Civil Veterinary Department. United Provinces 1932-42 - 1932-1942
Year: 1932
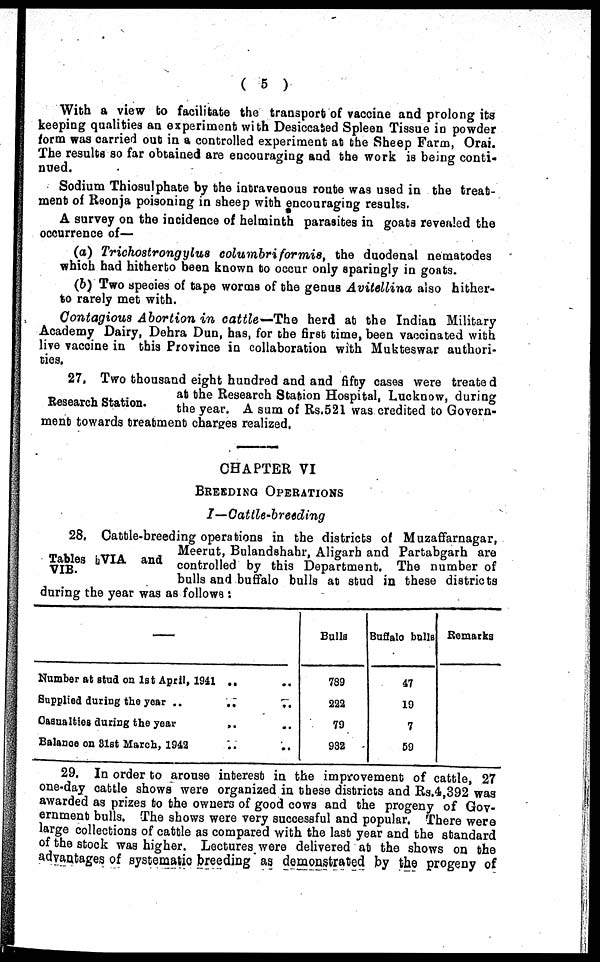
(5)
With a view to facilitate the transport of vaccine and prolong its
keeping qualities an experiment with Desiccated Spleen Tissue in powder
form was carried out in a controlled experiment at the Sheep Farm, Oral.
The results so far obtained are encouraging and the work is being conti-
nued.
Sodium Thiosulphate by the intravenous route was used in the treat-
ment of Reonja poisoning in sheep with encouraging results.
A survey on the incidence of helminth parasites in goats revealed the
occurrence of—
(a) Trichostrongylus columbriformis, the duodenal nematodes
which had hitherto been known to occur only sparingly in goats.
(b) Two species of tape worms of the genus Avitellina also hither-
to rarely met with.
Contagious Abortion in cattle— The herd at the Indian Military
Academy Dairy, Dehra Dun, has, for the first time, been vaccinated with
live vaccine in this Province in collaboration with Mukteswar authori-
ties.
Research Station.
27. Two thousand eight hundred and and fifty cases were treated
at the Research Station Hospital, Lucknow, during
the year. A sum of Rs.521 was credited to Govern-
ment towards treatment charges realized.
CHAPTER VI
BREEDING OPERATIONS
I—Cattle-breeding
Tables VIA and
VIB.
28. Cattle-breeding operations in the districts of Muzaffarnagar,
Meerut, Bulandshahr, Aligarh and Partabgarh are
controlled by this Department. The number of
bulls and buffalo bulls at stud in these districts
during the year was as follows :
—
Number at stud on 1st April, 1941 ..
Supplied during the year ..
..
..
Casualties during the year
..
Balance on 31st March, 1942
Balls
789
222
79
932
Buffalo bolls
47
19
7
59
Remarks
29. In order to arouse interest in the improvement of cattle, 27
one-day cattle shows were organized in these districts and Rs.4,392 was
awarded as prizes to the owners of good cows and the progeny of Gov-
ernment bulls. The shows were very successful and popular. There were
large collections of cattle as compared with the last year and the standard
of the stock was higher. Lectures were delivered at the shows on the
advantages of systematic breeding as demonstrated by the progeny of